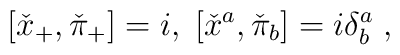
[\check{x}_{+},\check{\pi}_{+}]=i,\;[\check{x}^{a},\check{\pi}_{b}]=i\delta^{a}_{b} \;,